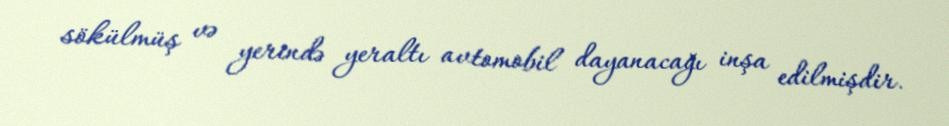
sökülmüş və yerində yeraltı avtomobil dayanacağı inşa edilmişdir.